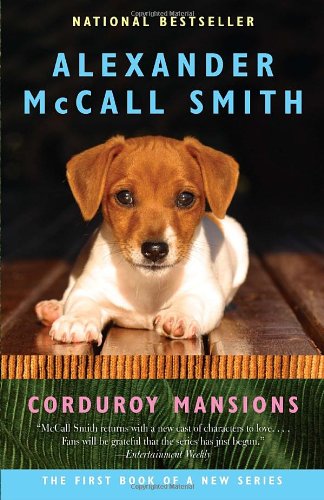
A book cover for Corduroy Mansions (Corduroy Mansions Series); Alexander McCall Smith; Literature & Fiction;